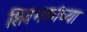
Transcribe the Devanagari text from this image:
शिवभक्तांच्या